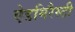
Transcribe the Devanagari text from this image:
ऐडमिरैस्टी